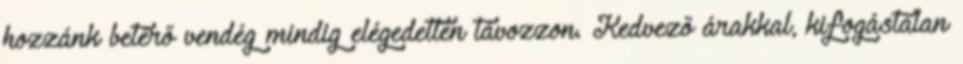
hozzánk betérő vendég mindig elégedetten távozzon. Kedvező árakkal, kifogástalan